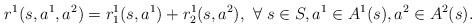
LaTeX: \begin{align*} r^1(s,a^1,a^2)=r_1^1(s,a^1)+r^1_2(s,a^2),\ \forall \ s\in S, a^1\in A^1(s), a^2\in A^2(s).\end{align*}